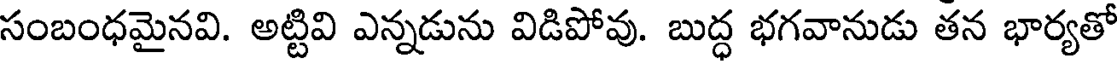
సంబంధమైనవి. అట్టివి ఎన్నడును విడిపోవు. బుద్ధ భగవానుడు తన భార్యతో